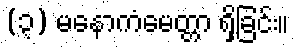
(၃) မနောကံမေတ္တာ ရှိခြင်း။